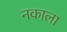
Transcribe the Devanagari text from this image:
नकाला